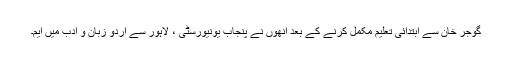
گوجر خان سے ابتدائی تعلیم مکمل کرنے کے بعد انھوں نے پنجاب یونیورسٹی ، لاہور سے اردو زبان و ادب میں ایم۔